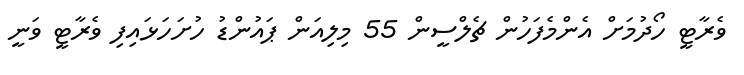
ވެރާޓީ ހޯދުމަށް އެންމެފަހުން ޗެލްސީން 55 މިލިއަން ޕައުންޑު ހުށަހަޅައިފި ވެރާޓީ ވަނީ